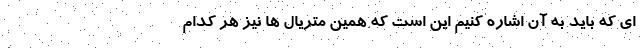
ای که باید به آن اشاره کنیم این است که همین متریال ها نیز هر کدام